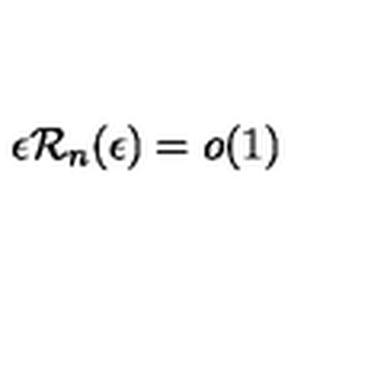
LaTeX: \epsilon { \mathcal R } _ { n } ( \epsilon ) = o ( 1 )